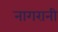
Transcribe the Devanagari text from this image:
नागरानी